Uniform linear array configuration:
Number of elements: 8
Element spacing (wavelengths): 1
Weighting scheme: kaiser
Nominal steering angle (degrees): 60
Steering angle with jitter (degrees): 61.694
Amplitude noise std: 0.05
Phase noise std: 0.05

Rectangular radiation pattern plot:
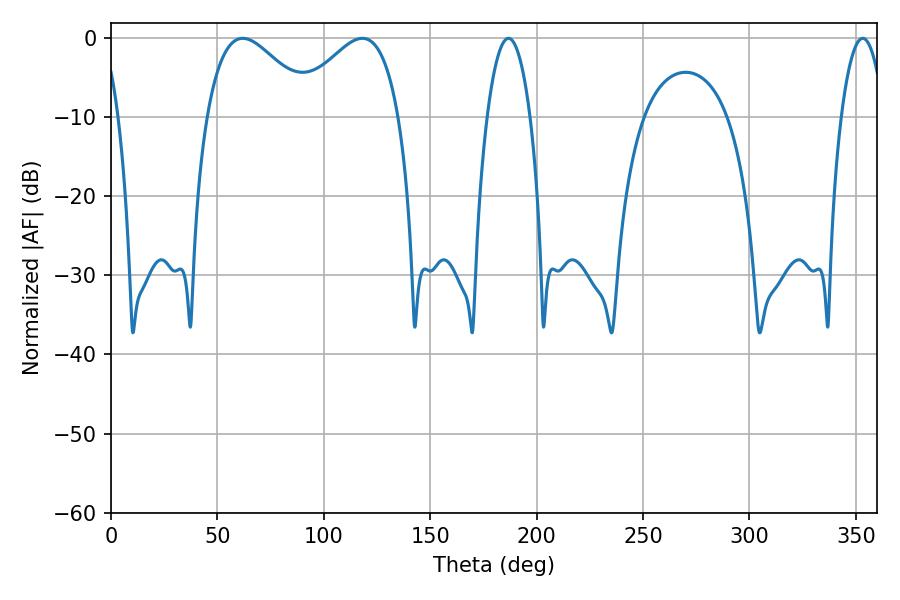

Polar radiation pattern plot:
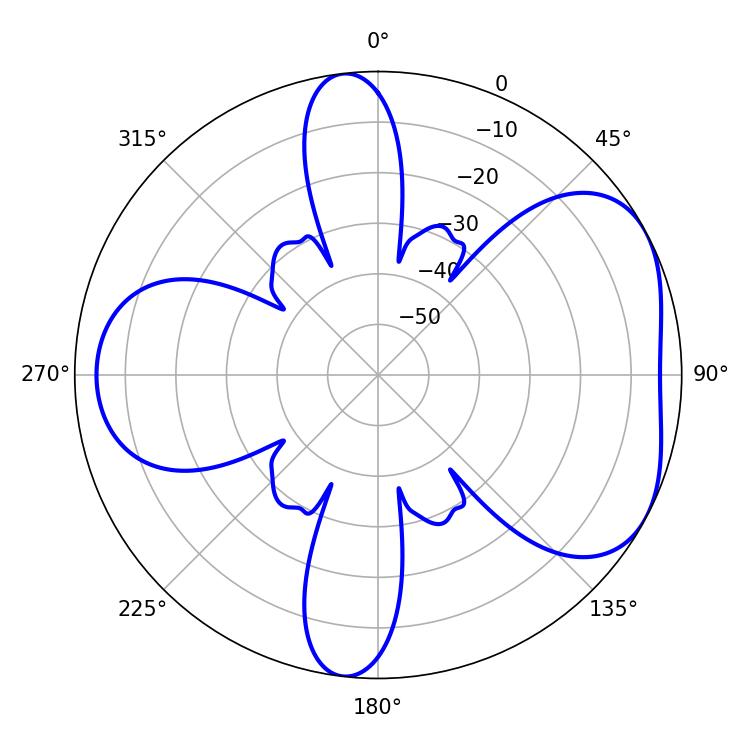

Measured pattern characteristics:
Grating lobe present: TRUE
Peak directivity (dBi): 4.905
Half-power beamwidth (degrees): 27.18
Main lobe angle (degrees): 61.92